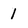
Character: 1